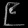
Digit: ၉